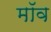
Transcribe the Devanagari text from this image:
मॉव